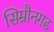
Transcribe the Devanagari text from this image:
सिम्रौनगढ